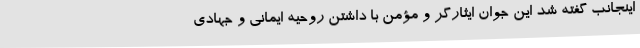
اینجانب گفته شد این جوان ایثارگر و مؤمن با داشتن روحیه ایمانی و جهادی